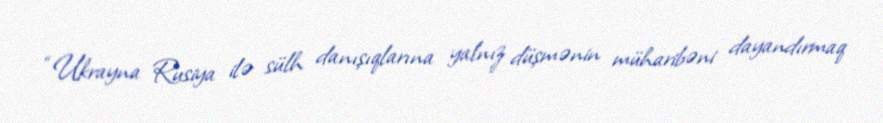
“Ukrayna Rusiya ilə sülh danışıqlarına yalnız düşmənin müharibəni dayandırmaq